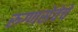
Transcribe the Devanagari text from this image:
रुग्णसेवेचे